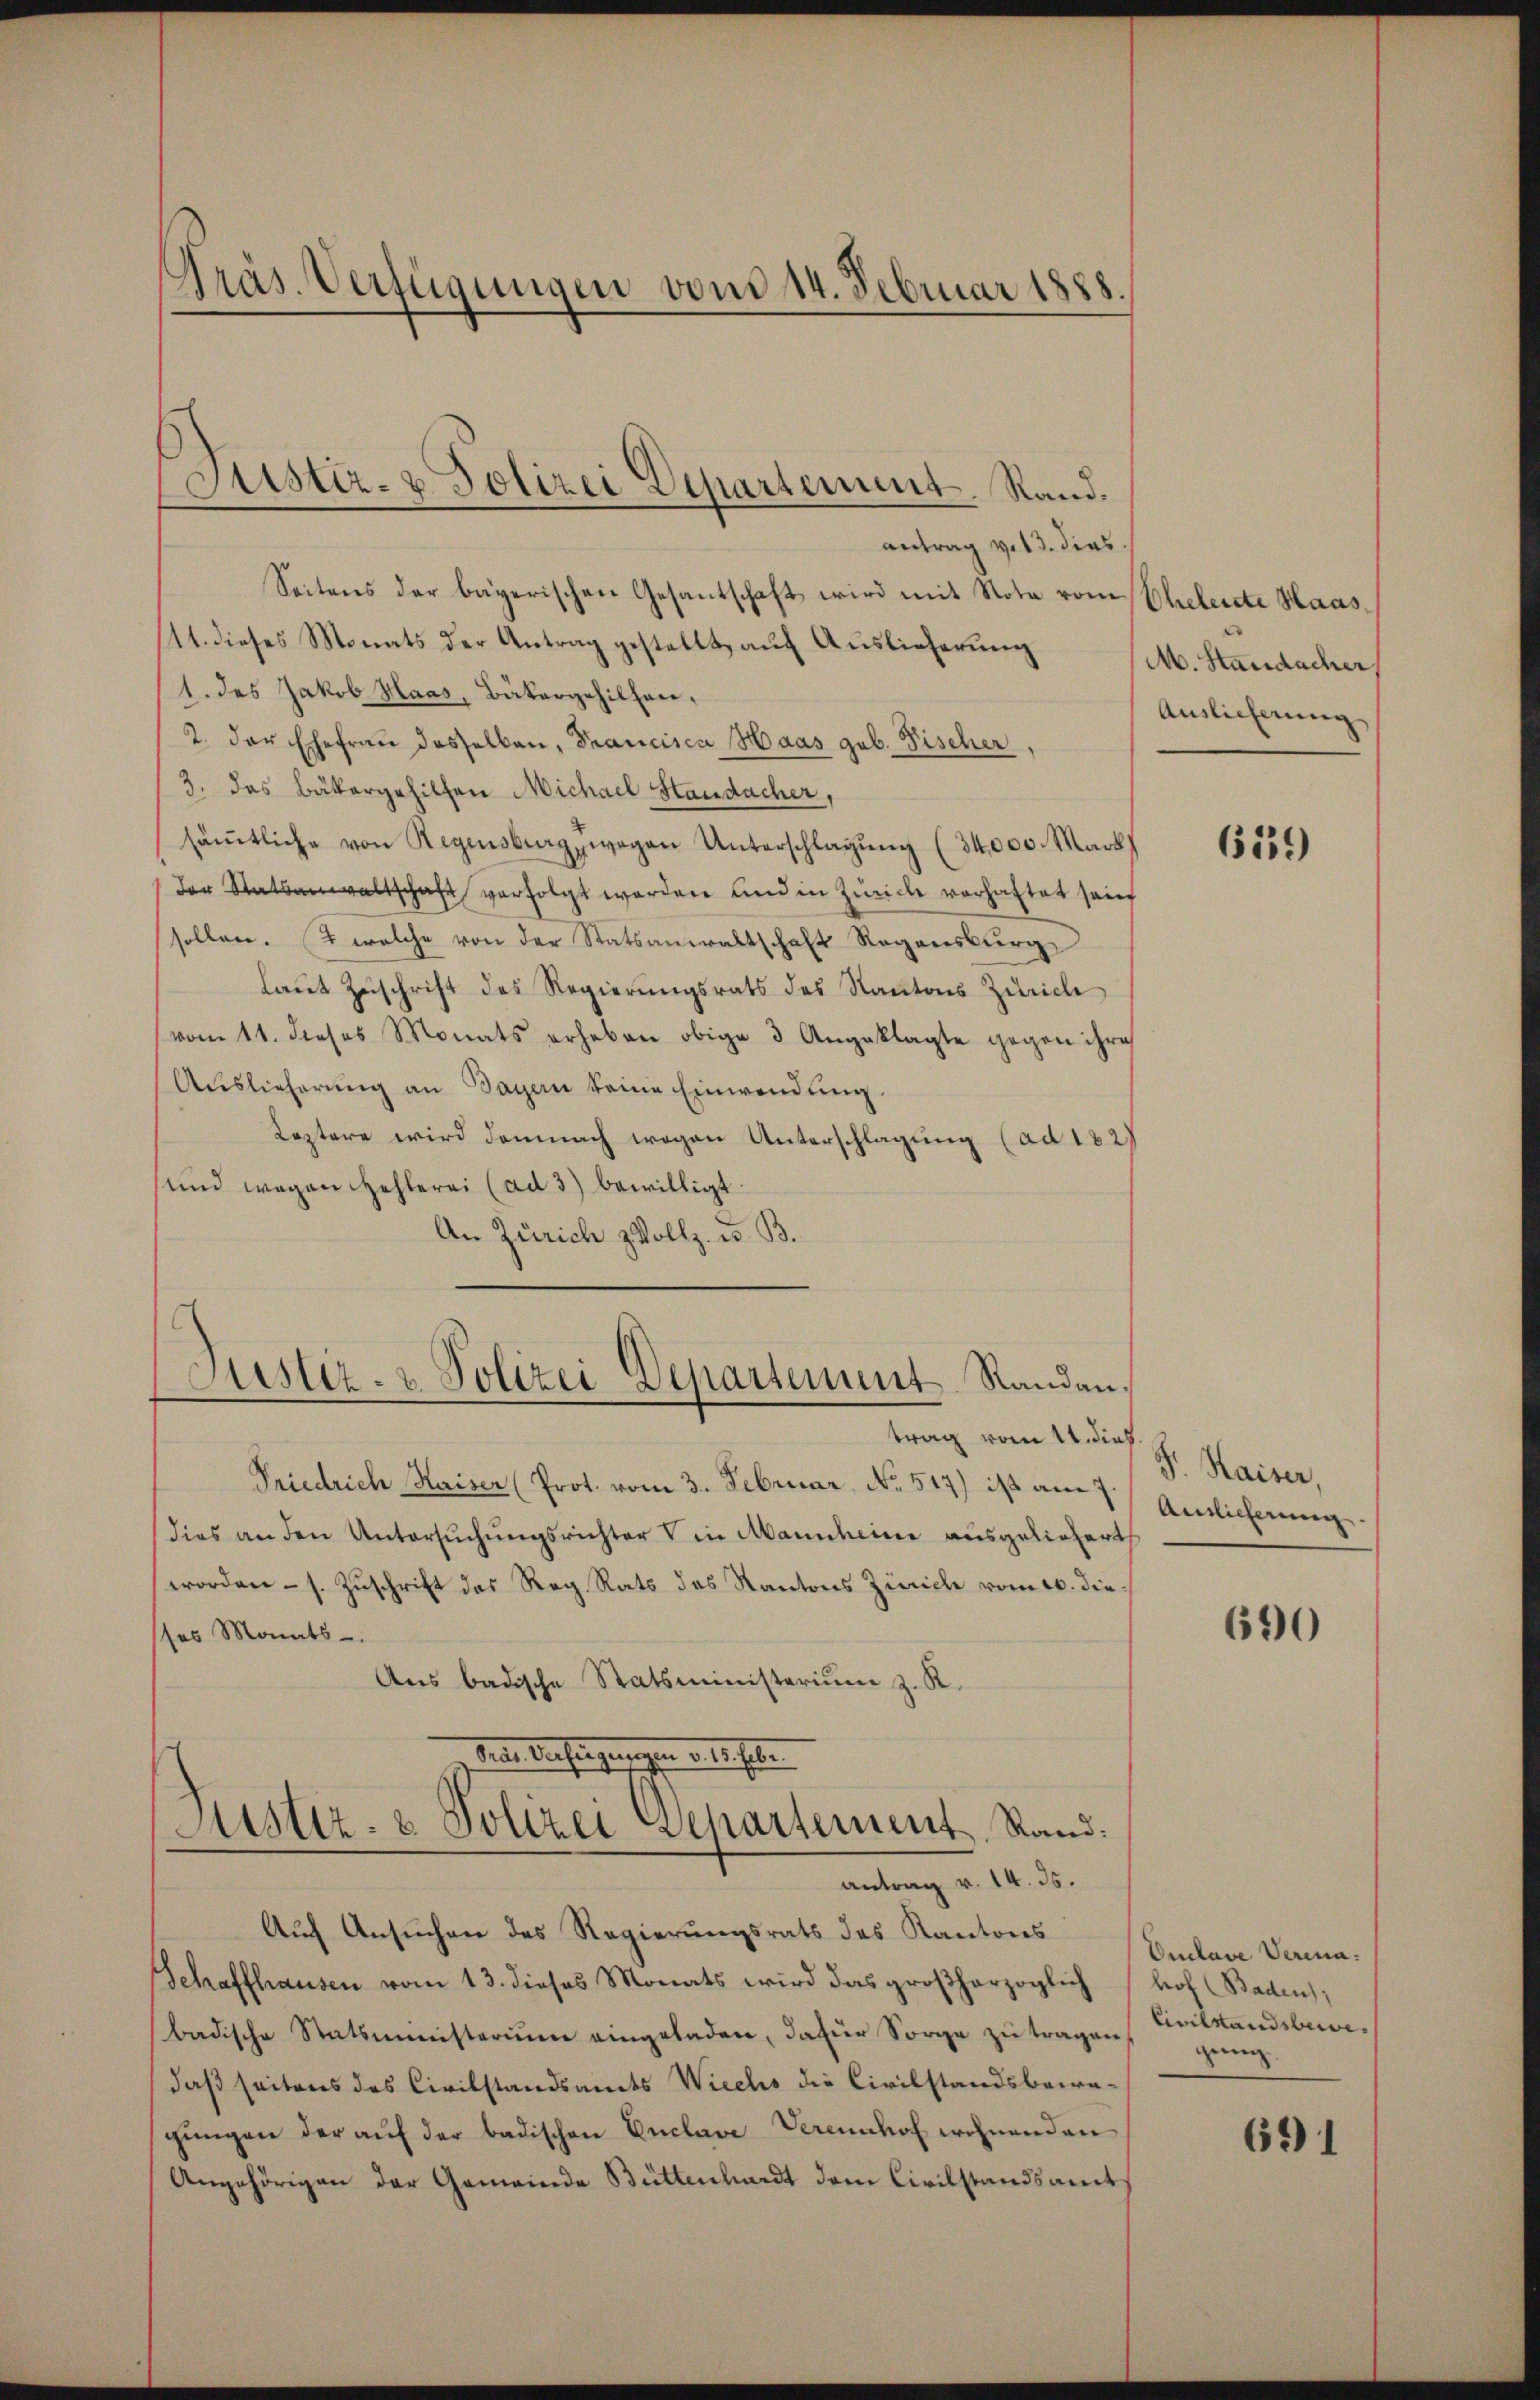
antrag v. 13. dies
Seitens der bayerischen Gesantschaft wird mit Nota vom Eheleute Haas¬
(11. dieses Monats der Antrag gestellt, auf Auslieferung (M. Standacher,
1. des Jakob Haas, Bäkergehilfen,
2. der Ehefraŭ desselben, Trancisca Haas geb. Fischer,
3. das Buttergehilfen Michael Staudacher,
säṁtliche von Regensburg wegen Unterschlagung (34,000. Mark
(der Statsanwaltschaft verfolgt werden und in Zürich vorhaftet sein
sollen. 2 welche von der Statsanwaltschaft Regensburg
laut Zuschrift des Regierungsrats des Kantons Zürich
vom 11. dieses Monats erheben obige 3 Angeklagte gegen ihre
Auslieferung an Tagen seine Einwendung.
Leztere wird demnach wegen Unterschlagung (ad 182)
sund wegen Hehlerei (ad 3) bewilligt
An Zürich Vollz. u. B.

Präs. Verfügungen vom 14. Februar 1888.

Justiz- & Polizei Departement. Rand.

Justiz- & Polizei Departement Randan¬

umm ainsichtungen entlichte
Justiz- & Polizei Departement, Rand:
antrag v. 14. 35.

Friedrich Kaiser (Prot. vom 3. Februar No. 517) ist am 7. Aelicherung
dies an den Untersuchungsrichter V in Mannheine ausgeliefert
worden - s. Zuschrift das Reg. Rats des Kantons Zürich vom 20. die
sses Monats-
Ans badische Statsministerium z. R.
Auch Ansuchen des Regierungsrats des Kantons
Schaffhausen vom 13. dieses Monats wird das großherzoglich
badische Statsministerium eingeladen, dafür Sorge zŭ tragen ganz
daß seitens des Civilstandsamts Wiechs die Civilstandsbewa-
gŭngen der aŭf der badischen Enclave Vereinhof wohnenden
Angehörigen der Gemeinde Büttenhardt dem Civilstandsamt

trag vom 11. dießs.

Auslieferung

6131)

Fr. Kaiser,

690

Duclave Verenahof (Baden,
Civilstandsbewe¬

691